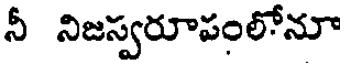
నీ నిజస్వరూపంలోనూ